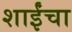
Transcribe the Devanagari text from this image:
शाईंचा